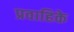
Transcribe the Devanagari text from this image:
प्रवाहिके